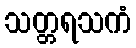
သတ္တရသကံ